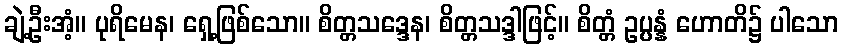
ချဲ့ဦးအံ့။ ပုရိမေန၊ ရှေ့ဖြစ်သော။ စိတ္တသဒ္ဒေန၊ စိတ္တသဒ္ဒါဖြင့်။ စိတ္တံ ဥပ္ပန္နံ ဟောတိ၌ ပါသော